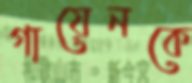
গায়েনকে